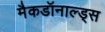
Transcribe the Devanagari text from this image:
मैकडॉनाल्ड्स